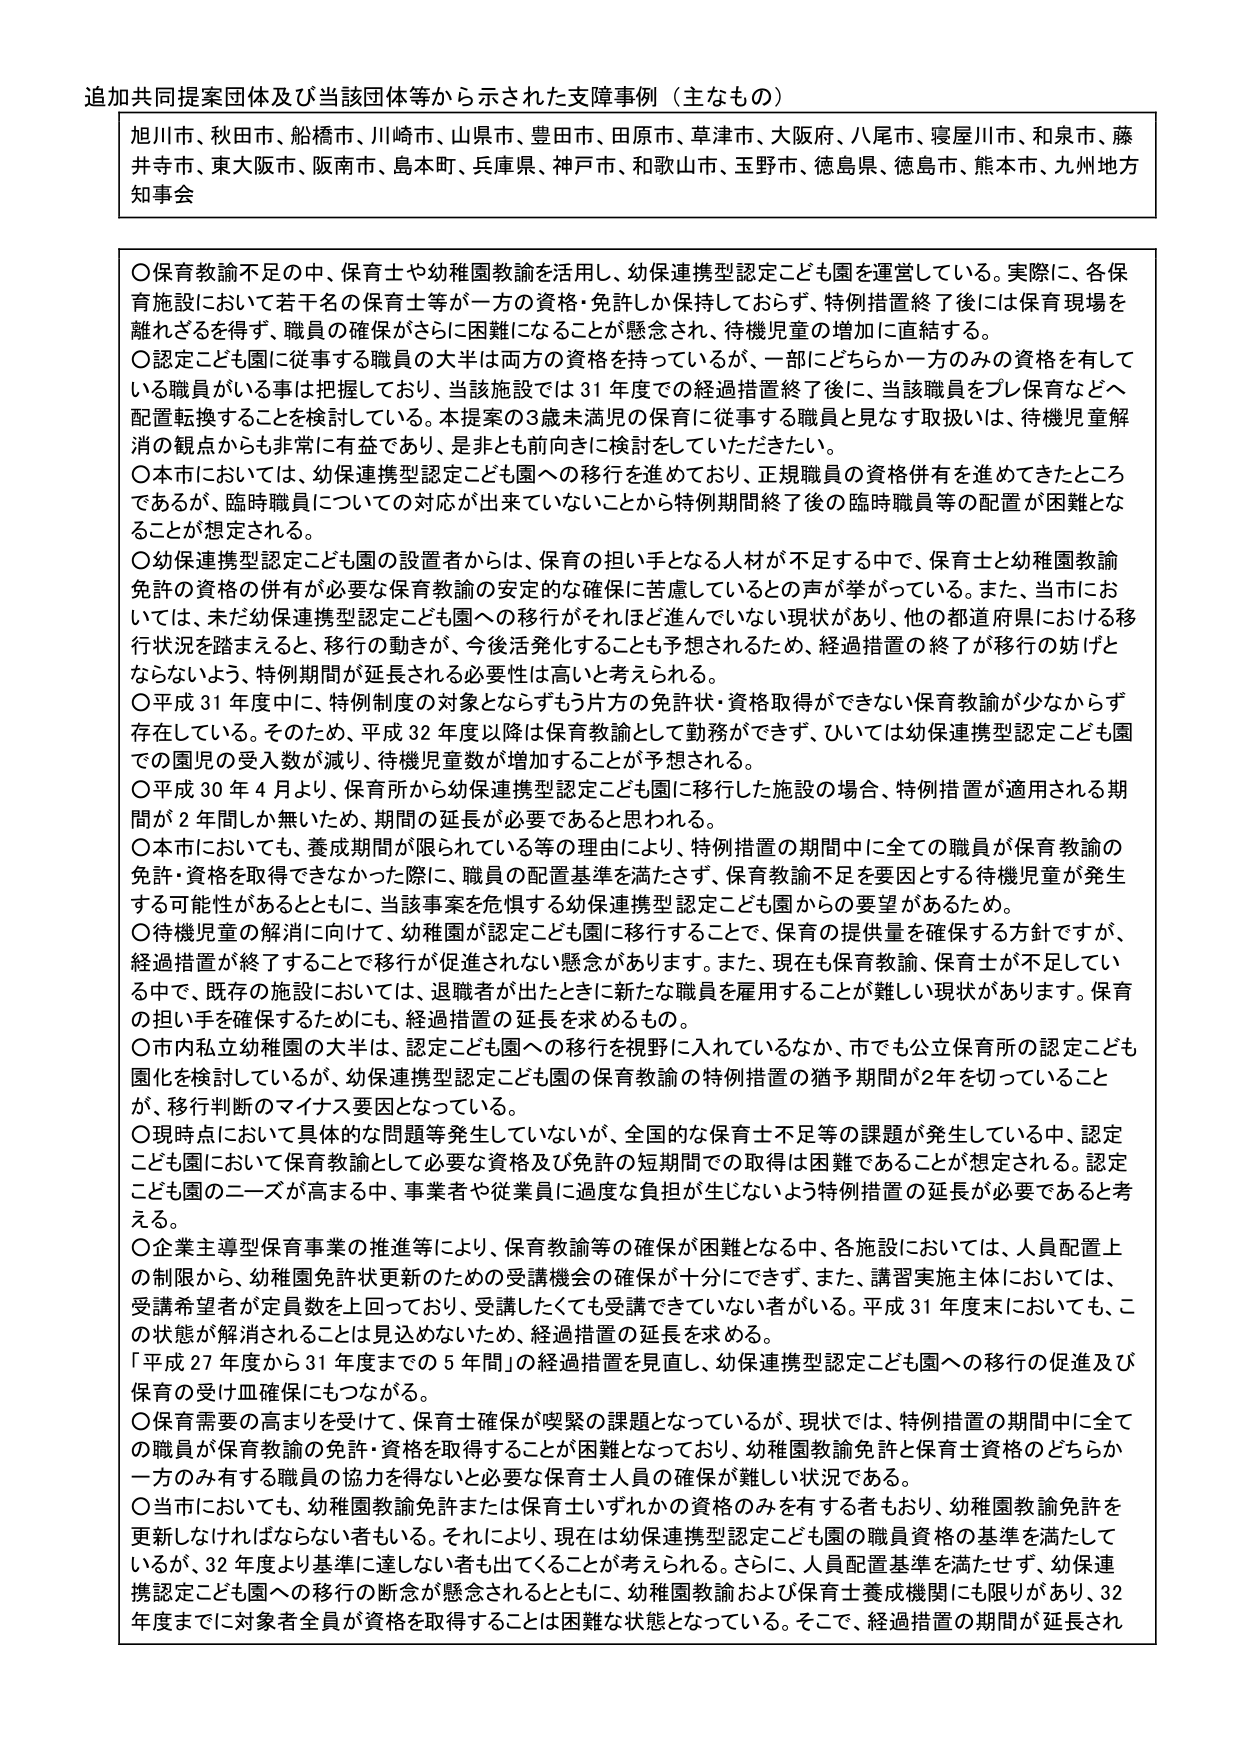
追加共同提案団体及び当該団体等から示された支援事例（主なもの）

旭川市、秋田市、船橋市、川崎市、山県市、豊田市、田原市、草津市、大阪府、八尾市、寝屋川市、和泉市、藤井寺市、東大阪市、阪南市、鳥本町、兵庫県、神戸市、和歌山市、玉野市、徳島県、徳島市、熊本市、九州地方知事会

〇保育教諭不足の中、保育士や幼稚園教諭を活用し、幼保連携型認定こども園を運営している。実際に、各保育施設において若干名の保育士等が一方の資格・免許しか保持しておらず、特例措置終了後には保育現場を離れざるを得ず、職員の確保がさらに困難になることが懸念され、待機児童の増加に直結する。

〇認定こども園に従事する職員の大半は両方の資格を持っているが、一部にどちらか一方のみの資格を有している職員がいる事は把握しており、当該施設では31年度での経過措置終了後に、当該職員をプレ保育などへ配置転換することを検討している。本提案の3歳未満児の保育に従事する職員と見なす取扱いは、待機児童解消の観点からも非常に有益であり、是非とも前向きに検討をしていただきたい。

〇本市においては、幼保連携型認定こども園への移行を進めており、正規職員の資格併有を進めてきたところであるが、臨時職員についての対応が出来ていないことから特例期間終了後の臨時職員等の配置が困難となることが想定される。

〇幼保連携型認定こども園の設置者からは、保育の担い手となる人材が不足する中で、保育士と幼稚園教諭免許の資格の併有が必要な保育教諭の安定的な確保に苦慮しているとの声が挙がっている。また、本市においては、未だ幼保連携型認定こども園への移行がそれほど進んでいない現状があり、他の都道府県における移行状況を踏まえると、移行の動きが、今後活発化することも予想されるため、経過措置の終了が移行の妨げとならないよう、特例期間が延長される必要性は高いと考えられる。

〇平成31年度中に、特例制度の対象となるもう片方の免許状・資格取得ができない保育教諭が少なからず存在している。そのため、平成32年度以降は保育教諭として勤務ができず、ひいては幼保連携型認定こども園での園児の受入数が減り、待機児童数が増加することが予想される。

〇平成30年4月より、保育所から幼保連携型認定こども園に移行した施設の場合、特例措置が適用される期間が2年間しか無いため、期間の延長が必要であると思われる。

〇本市においても、養成期間が限られている等の理由により、特例措置の期間中に全ての職員が保育教諭の免許・資格を取得できなかった際に、職員の配置基準を満たさず、保育教諭不足を要因とする待機児童が発生する可能性があるとともに、当該事案を危惧する幼保連携型認定こども園からの要望があるため。

〇待機児童の解消に向けて、幼稚園が認定こども園に移行することで、保育の提供量を確保する方針ですが、経過措置が終了することで移行が促進されない懸念があります。また、現在も保育教諭、保育士が不足している中で、既存の施設においては、退職者が出したときに新たな職員を雇用することが難しい現状があります。保育の担い手を確保するためにも、経過措置の延長を求めるもの。

〇市内私立幼稚園の大半は、認定こども園への移行を視野に入れているなか、市でも公立保育所の認定こども園化を検討しているが、幼保連携型認定こども園の保育教諭の特例措置の猶予期間が2年を切っていることが、移行判断のマイナス要因となっている。

〇現時点において具体的な問題等発生していないが、全国的な保育士不足等の課題が発生している中、認定こども園において保育教諭として必要な資格及び免許の短期間での取得は困難であることが想定される。認定こども園のニーズが高まる中、事業者や従業員に過度な負担が生じないよう特例措置の延長が必要であると考える。

〇企業主導型保育事業の推進等により、保育教諭等の確保が困難となる中、各施設においては、人員配置上の制限から、幼稚園免許更新のための受講機会の確保が十分にできず、また、講習実施主体においては、受講希望者が定員数を上回っており、受講したくても受講できていない者がいる。平成31年度末においても、この状態が解消されることは見込めないため、経過措置の延長を求める。

「平成27年度から31年度までの5年間」の経過措置を見直し、幼保連携型認定こども園への移行の促進及び保育の受け皿確保にもつながる。

〇保育需要の高まりを受けて、保育士確保が喫緊の課題となっているが、現状では、特例措置の期間中に全ての職員が保育教諭の免許・資格を取得することが困難となっており、幼稚園教諭免許と保育士資格のどちらか一方のみ有する職員の協力を得ないと必要な保育士人員の確保が難しい状況である。

〇当市においても、幼稚園教諭免許または保育士いずれかの資格のみを有する者もおり、幼稚園教諭免許を更新しなければならない者もいる。それにより、現在は幼保連携型認定こども園の職員資格の基準を満たしているが、32年度より基準に達しない者も出てくることが考えられる。さらに、人員配置基準を満たせず、幼保連携認定こども園への移行の断念が懸念されることともに、幼稚園教諭および保育士養成機関にも限りがあり、32年度までに対象者全員が資格を取得することは困難な状態となっている。そこで、経過措置の期間が延長され